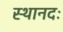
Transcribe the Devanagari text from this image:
स्थानदः